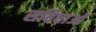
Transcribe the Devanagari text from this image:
सविधाओं